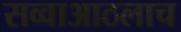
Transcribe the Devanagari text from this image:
सव्वाआठलाच